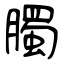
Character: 臅